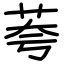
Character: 荂